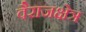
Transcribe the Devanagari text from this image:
वैराजक्षेत्र